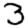
Digit: 3